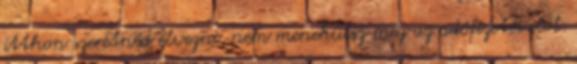
itthon szeretnéd élvezni, nem menekülsz meg az adófizetés elől.